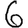
Digit: 6